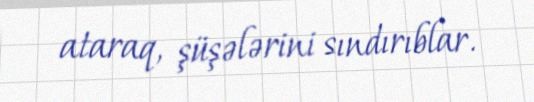
ataraq, şüşələrini sındırıblar.